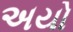
અયો